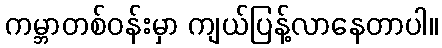
ကမ္ဘာတစ်ဝန်းမှာ ကျယ်ပြန့်လာနေတာပါ။